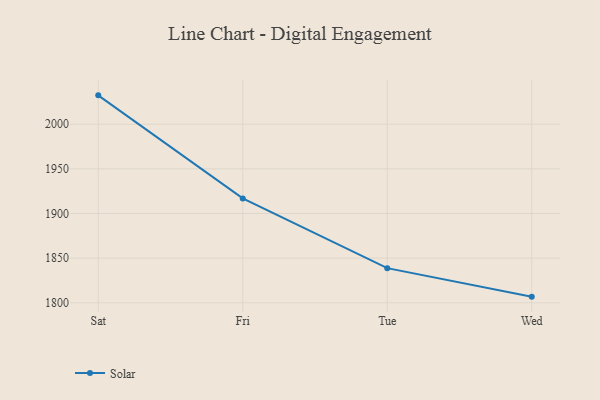
{"axis": {"x": "Day", "y": "Bounce Rate (%)"}, "legend": ["Solar"], "data": [{"x": "Sat", "y": 2032.3, "type": "Solar"}, {"x": "Fri", "y": 1916.9, "type": "Solar"}, {"x": "Tue", "y": 1838.8, "type": "Solar"}, {"x": "Wed", "y": 1806.9, "type": "Solar"}]}